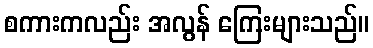
စကားကလည်း အလွန် ကြေးများသည်။